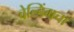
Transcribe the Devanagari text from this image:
वेल्डिंगचा